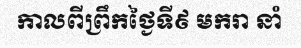
កាលពីព្រឹកថ្ងៃទី៩ មករា នាំ